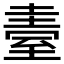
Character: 𦥂